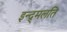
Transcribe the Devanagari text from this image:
इन्द्र्मलति